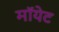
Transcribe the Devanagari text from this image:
मॉयेट